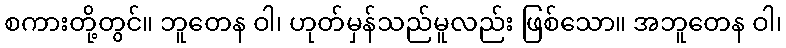
စကားတို့တွင်။ ဘူတေန ဝါ၊ ဟုတ်မှန်သည်မူလည်း ဖြစ်သော။ အဘူတေန ဝါ၊